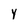
Character: y